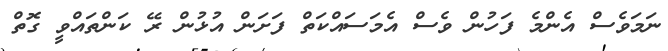
ނަމަވެސް އެންމެ ފަހުން ވެސް އެމަސައްކަތް ފަށަން އުޅުން ރޭ ކަންތައްވީ ގޮތް